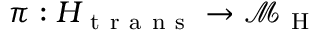
\pi : H _ { \mathrm { ~ t ~ r ~ a ~ n ~ s ~ } } \to \mathcal { M } _ { \mathrm { ~ H ~ } }